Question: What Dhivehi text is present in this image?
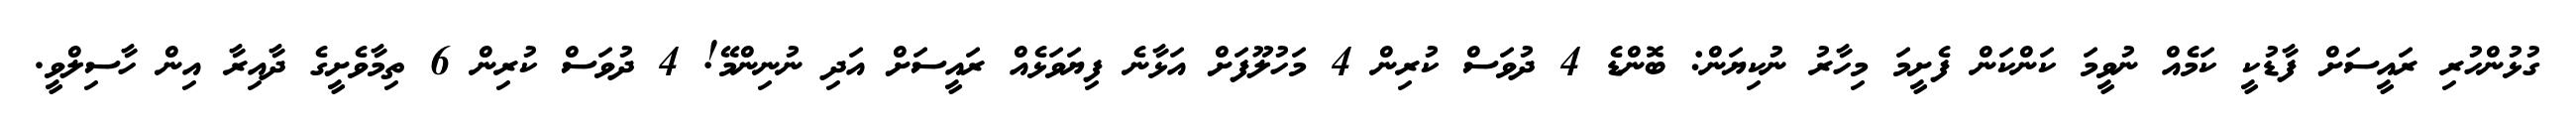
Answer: ގުޅުންހުރި ރައީސަށް ފާޑުކީ ކަމެއް ނުވީމަ ކަންކަން ފެށީމަ މިހާރު ނުކިޔަން: ބޮންޑެ 4 ދުވަސް ކުރިން 4 މަހުލޫފަށް އަޅާނެ ފިޔަވަޅެއް ރައީސަށް އަދި ނުނިންމޭ! 4 ދުވަސް ކުރިން 6 ތިމާވެށީގެ ދާއިރާ އިން ހާސިލްވީ.